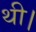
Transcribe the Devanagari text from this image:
थी।